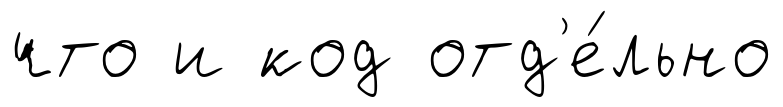
что и код отд'е́льно